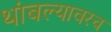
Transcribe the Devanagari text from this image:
थांबल्यावरच